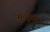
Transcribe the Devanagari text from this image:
मुत्यूचा